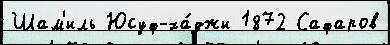
Шам'иль Юсуф-ха́джи 1872 Сафаров